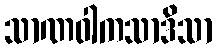
သာဏဝါကသာဒိသာ